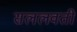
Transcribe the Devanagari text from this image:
सललवती